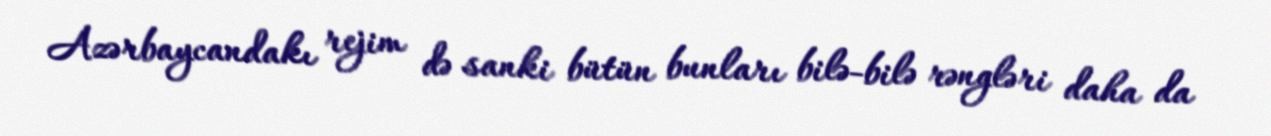
Azərbaycandakı rejim də sanki bütün bunları bilə-bilə rəngləri daha da